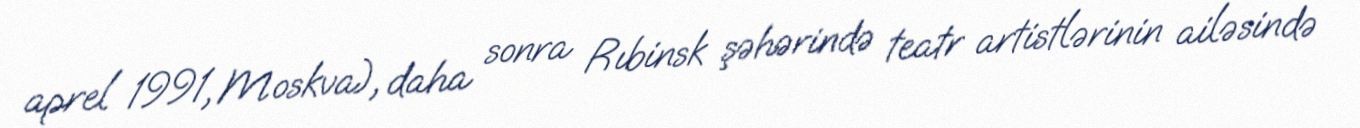
aprel 1991, Moskva), daha sonra Rıbinsk şəhərində teatr artistlərinin ailəsində